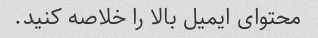
محتوای ایمیل بالا را خلاصه کنید.